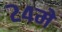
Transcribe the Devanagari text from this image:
२४मे